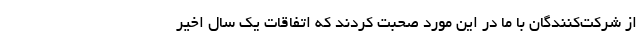
از شرکت‌کنندگان با ما در این مورد صحبت کردند که اتفاقات یک سال اخیر